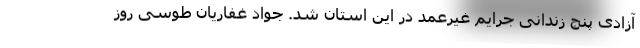
آزادی پنج زندانی جرایم غیرعمد در این استان شد. جواد غفاریان طوسی روز